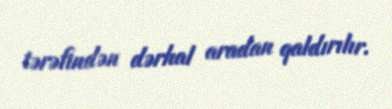
tərəfindən dərhal aradan qaldırılır.